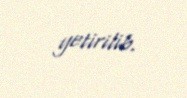
yetirilib.